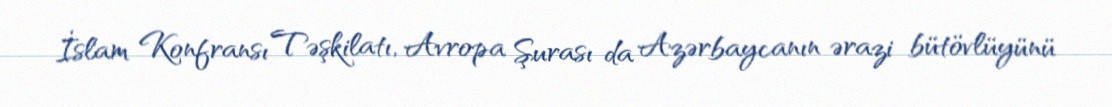
İslam Konfransı Təşkilatı, Avropa Şurası da Azərbaycanın ərazi bütövlüyünü